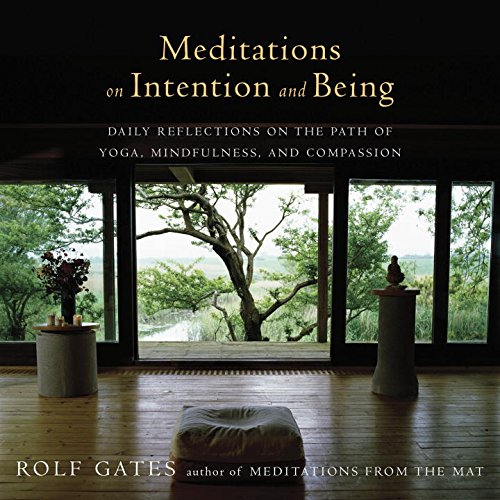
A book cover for Meditations on Intention and Being: Daily Reflections on the Path of Yoga, Mindfulness, and Compassion (An Anchor Books Original); Rolf Gates; Health, Fitness & Dieting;